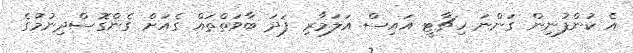
އެ ކުންފުނިން ގަންނަ ހިޗާޓީ އައިސް އަލަމާރި ފަދަ ބާވަތްތައް ގެއަށް ގެންގޮސްދިނުމުގެ